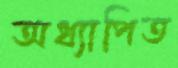
অধ্যাপিত